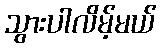
သွားပါလိမ့်မယ်